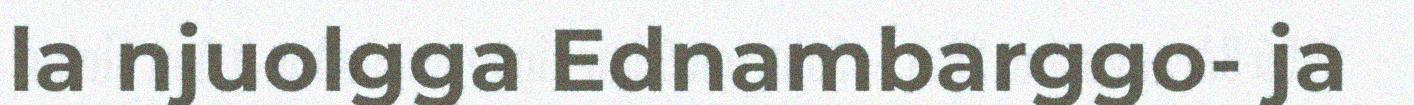
la njuolgga Ednambarggo- ja